Document type: Dowry acquittance
Year: 1427
Scribe: Pere Tarafa
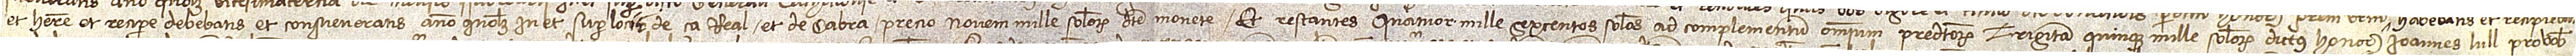
et habere et recipere debebatis et consueveratis anno quolibet in et super locis de ça Real et de Cabra, precio novem mille solidorum dicte monete. Et restantes quatuor mille sexcentos solidos ad complementum omnium predictorum triginta quinque mille solidorum dictus honorabilis Ioannes Lull pro vobis